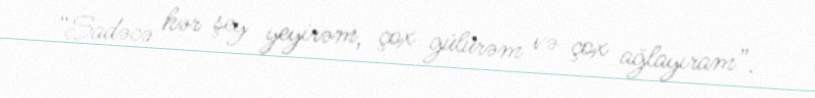
“Sadəcə hər şey yeyirəm, çox gülürəm və çox ağlayıram”.